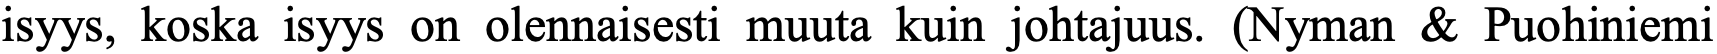
isyys, koska isyys on olennaisesti muuta kuin johtajuus. (Nyman & Puohiniemi